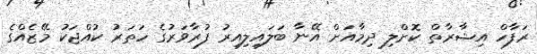
ރަފާހް އިޝާރާތް ކޮށްލި ދިމާއަށް އޭނާ ބަލައިލިއިރު ފުރާވަރުގެ ހަތަރު ކުއްޖަކު މޭޒެއްގެ